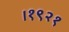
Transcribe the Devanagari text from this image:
।१९२१